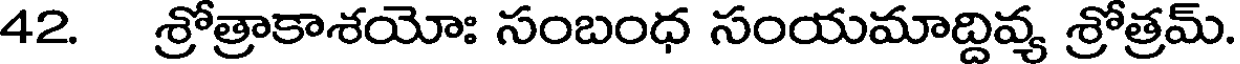
42. శ్రోత్రాకాశయోః సంబంధ సంయమాద్దివ్య శ్రోత్రమ్.